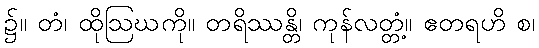
၌။ တံ၊ ထိုဩဃကို။ တရိဿန္တိ၊ ကုန်လတ္တံ့။ ဧတရဟိ စ၊